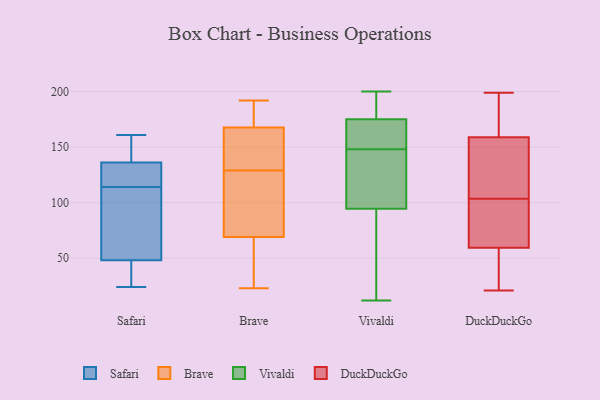
{"axis": {"x": "Net Income (USD K)", "y": "Value"}, "legend": ["Brave", "DuckDuckGo", "Safari", "Vivaldi"], "data": [{"x": "", "y": 158, "type": "Safari"}, {"x": "", "y": 43, "type": "Safari"}, {"x": "", "y": 32, "type": "Safari"}, {"x": "", "y": 134, "type": "Safari"}, {"x": "", "y": 71, "type": "Safari"}, {"x": "", "y": 161, "type": "Safari"}, {"x": "", "y": 24, "type": "Safari"}, {"x": "", "y": 62, "type": "Safari"}, {"x": "", "y": 123, "type": "Safari"}, {"x": "", "y": 56, "type": "Safari"}, {"x": "", "y": 140, "type": "Safari"}, {"x": "", "y": 144, "type": "Safari"}, {"x": "", "y": 123, "type": "Safari"}, {"x": "", "y": 27, "type": "Safari"}, {"x": "", "y": 50, "type": "Safari"}, {"x": "", "y": 114, "type": "Safari"}, {"x": "", "y": 135, "type": "Safari"}, {"x": "", "y": 80, "type": "Brave"}, {"x": "", "y": 65, "type": "Brave"}, {"x": "", "y": 192, "type": "Brave"}, {"x": "", "y": 135, "type": "Brave"}, {"x": "", "y": 68, "type": "Brave"}, {"x": "", "y": 72, "type": "Brave"}, {"x": "", "y": 58, "type": "Brave"}, {"x": "", "y": 182, "type": "Brave"}, {"x": "", "y": 143, "type": "Brave"}, {"x": "", "y": 23, "type": "Brave"}, {"x": "", "y": 34, "type": "Brave"}, {"x": "", "y": 190, "type": "Brave"}, {"x": "", "y": 122, "type": "Brave"}, {"x": "", "y": 86, "type": "Brave"}, {"x": "", "y": 142, "type": "Brave"}, {"x": "", "y": 164, "type": "Brave"}, {"x": "", "y": 177, "type": "Brave"}, {"x": "", "y": 169, "type": "Brave"}, {"x": "", "y": 129, "type": "Brave"}, {"x": "", "y": 153, "type": "Vivaldi"}, {"x": "", "y": 200, "type": "Vivaldi"}, {"x": "", "y": 86, "type": "Vivaldi"}, {"x": "", "y": 77, "type": "Vivaldi"}, {"x": "", "y": 26, "type": "Vivaldi"}, {"x": "", "y": 103, "type": "Vivaldi"}, {"x": "", "y": 146, "type": "Vivaldi"}, {"x": "", "y": 150, "type": "Vivaldi"}, {"x": "", "y": 130, "type": "Vivaldi"}, {"x": "", "y": 198, "type": "Vivaldi"}, {"x": "", "y": 153, "type": "Vivaldi"}, {"x": "", "y": 199, "type": "Vivaldi"}, {"x": "", "y": 187, "type": "Vivaldi"}, {"x": "", "y": 12, "type": "Vivaldi"}, {"x": "", "y": 163, "type": "Vivaldi"}, {"x": "", "y": 144, "type": "Vivaldi"}, {"x": "", "y": 67, "type": "DuckDuckGo"}, {"x": "", "y": 118, "type": "DuckDuckGo"}, {"x": "", "y": 184, "type": "DuckDuckGo"}, {"x": "", "y": 95, "type": "DuckDuckGo"}, {"x": "", "y": 68, "type": "DuckDuckGo"}, {"x": "", "y": 198, "type": "DuckDuckGo"}, {"x": "", "y": 199, "type": "DuckDuckGo"}, {"x": "", "y": 40, "type": "DuckDuckGo"}, {"x": "", "y": 134, "type": "DuckDuckGo"}, {"x": "", "y": 52, "type": "DuckDuckGo"}, {"x": "", "y": 21, "type": "DuckDuckGo"}, {"x": "", "y": 112, "type": "DuckDuckGo"}]}